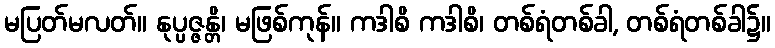
မပြတ်မလတ်။ နုပ္ပဇ္ဇန္တိ၊ မဖြစ်ကုန်။ ကဒါစိ ကဒါစိ၊ တစ်ရံတစ်ခါ, တစ်ရံတစ်ခါ၌။